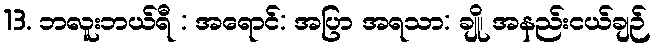
13. ဘလူးဘယ်ရီ : အရောင်: အပြာ အရသာ: ချို၊ အနည်းငယ်ချဉ်